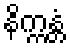
နိက္ကန္တံ